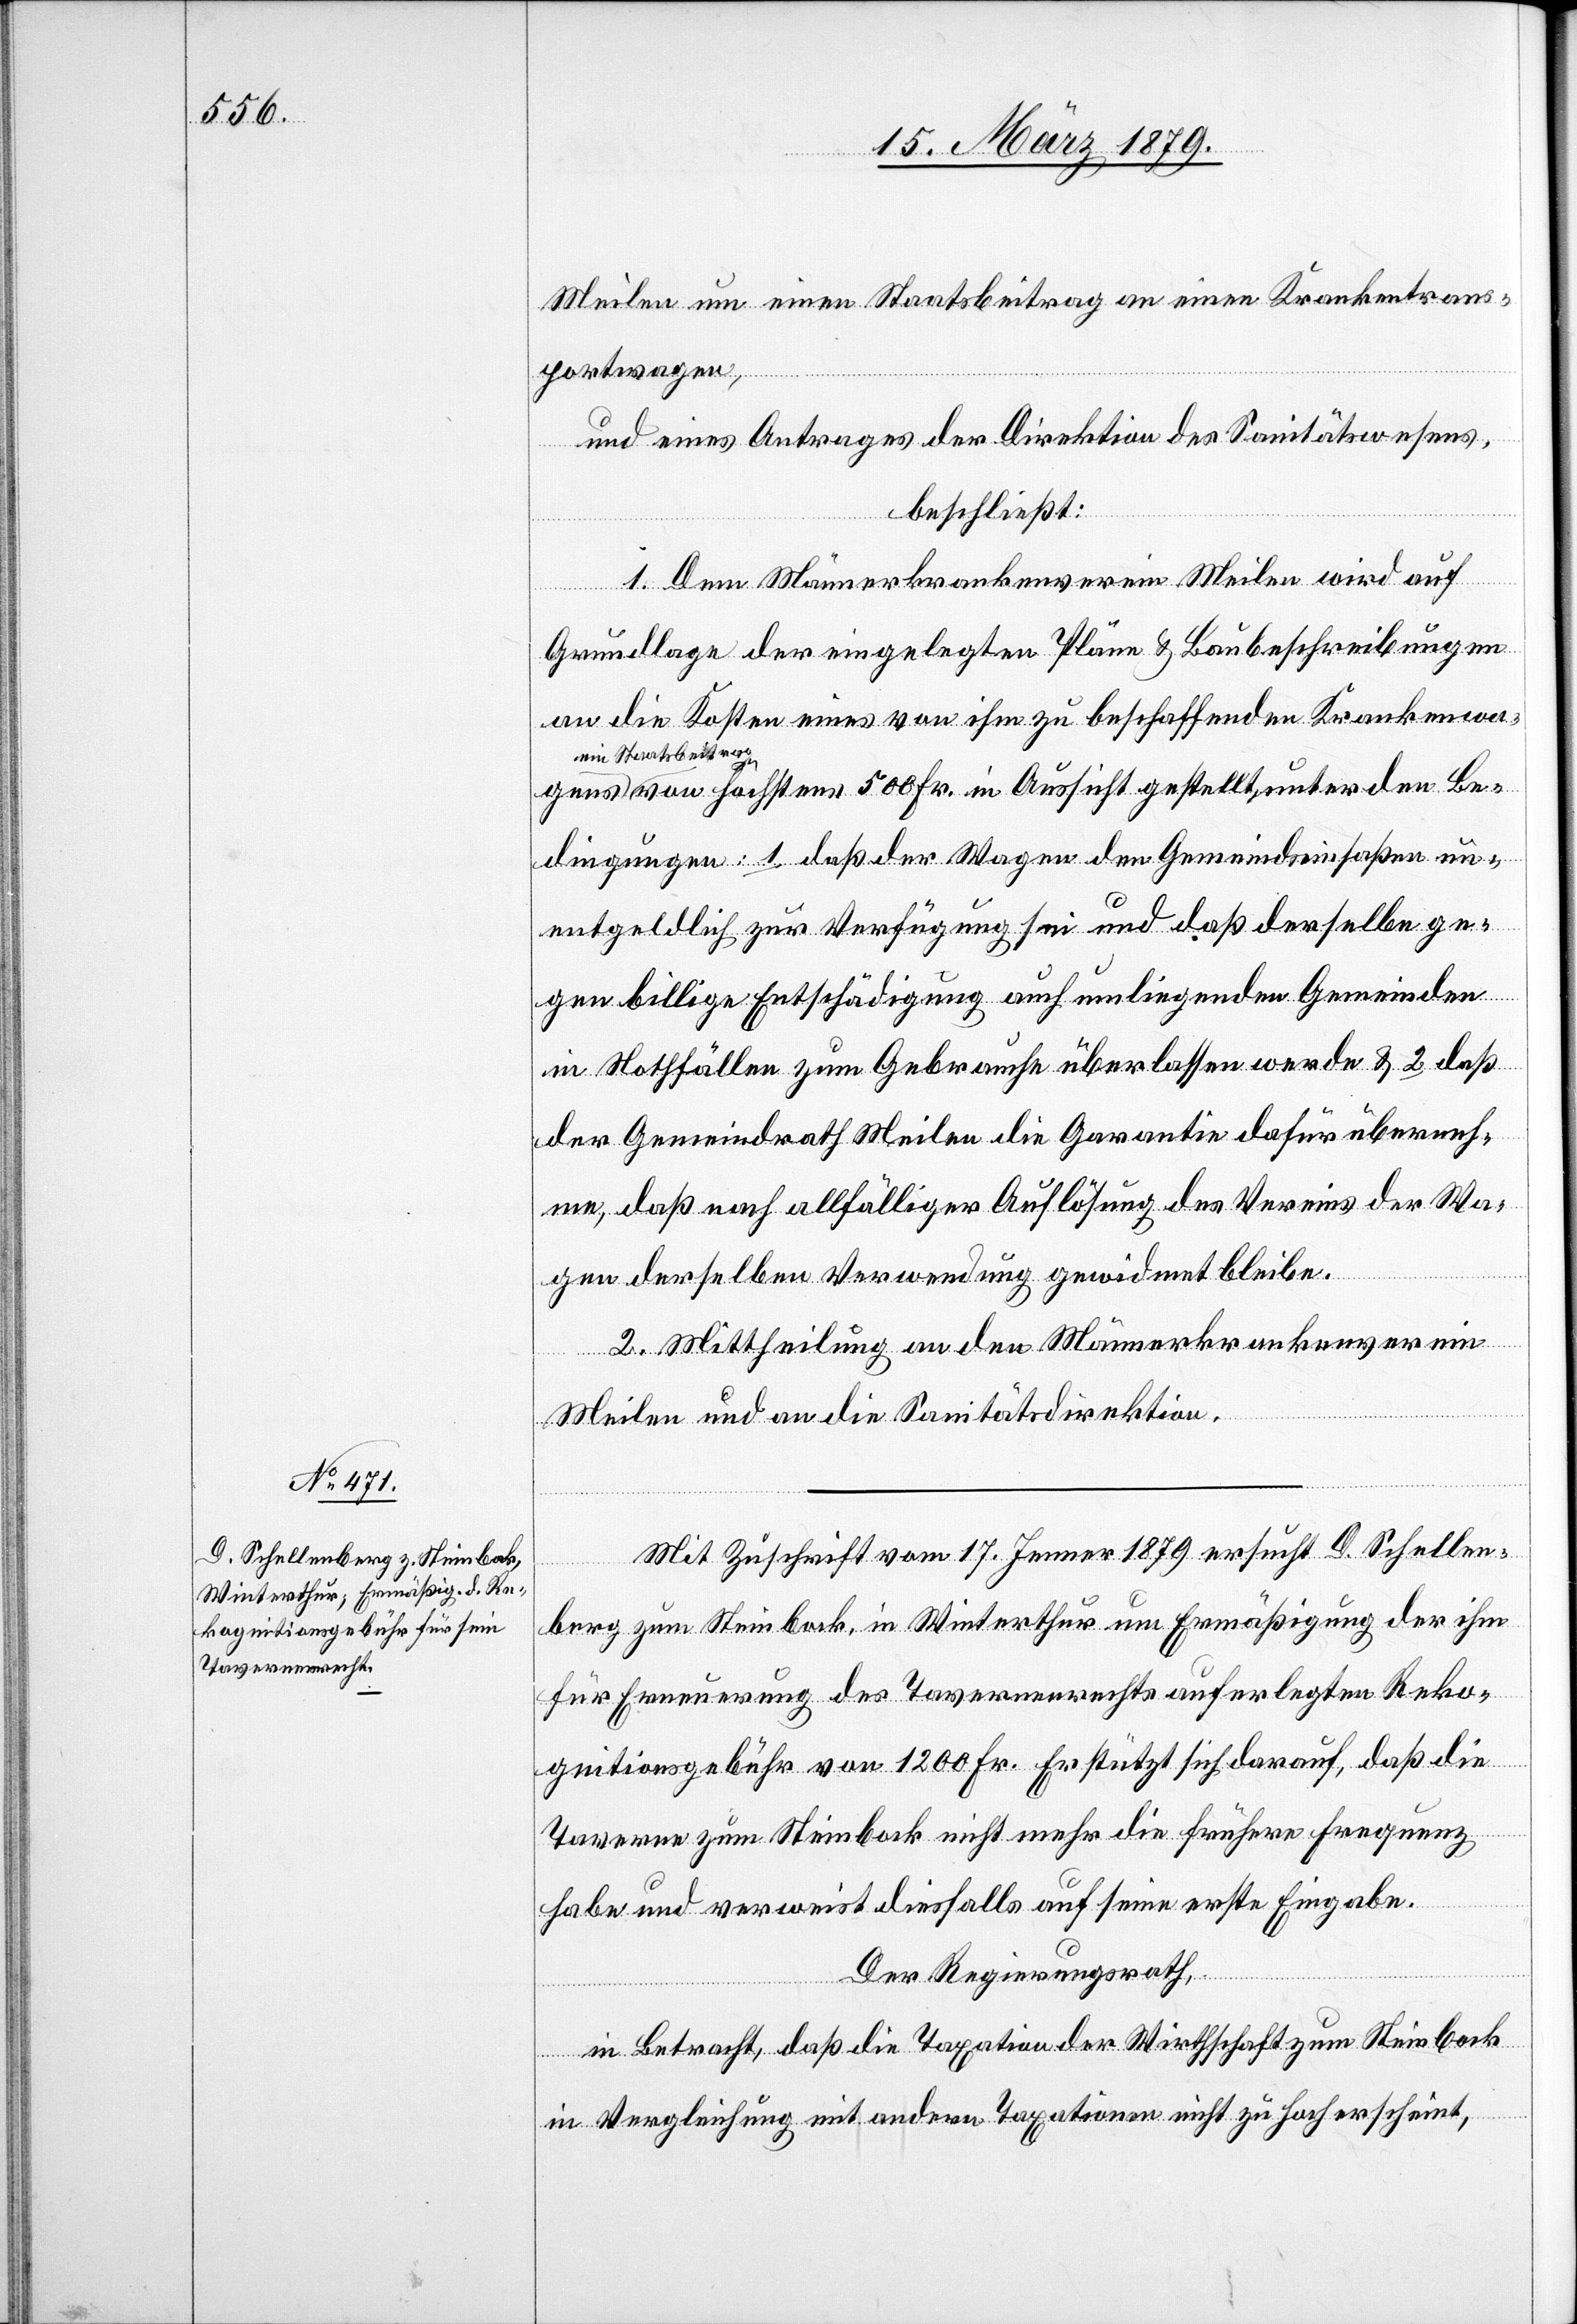
Meilen um einen Staatsbeitrag an einen Krankentrans¬
portwagen,
und eines Antrages der Direktion des Sanitätswesens,
beschließt:
1. Dem Männerkrankenverein Meilen wird auf
Grundlage der eingelegten Pläne & Baubeschreibungen
an die Kosten eines von ihm zu beschaffenden Krankenwa¬
ein Staatsbeitra¬
g von höchstens 500 Fr. in Aussicht gestellt unter den Be¬
dingungen: 1. daß der Wagen den Gemeindseinsaßen un¬
entgeldlich zur Verfügung sei und daß derselbe ge¬
gen billige Entschädigung auch umliegenden Gemeinden
in Nothfällen zum Gebrauche überlassen werde & 2 daß
der Gemeindrath Meilen die Garantie dafür überneh¬
me, daß nach allfälliger Auflösung des Vereins der Wa¬
gens
gen derselben Verwendung gewidmet bleibe.
2. Mittheilung an den Männerkrankenverein
Meilen und an die Sanitätsdirektion.
Mit Zuschrift vom 17. Jenner 1879 ersucht D. Schellen¬
berg zum Steinbock, in Winterthur um Ermäßigung der ihm
für Erneuerung des Tavernenrechts auferlegten Reko¬
gnitionsgebühr von 1200 Fr. Er stützt sich darauf, daß die
Taverne zum Steinbock nicht mehr die frühere Frequenz
habe und verweist diesfalls auf seine erste Eingabe.
Der Regierungsrath,
in Betracht, daß die Taxation der Wirthschaft zum Steinbock
in Vergleichung mit andern Taxationen nicht zu hoch erscheint,